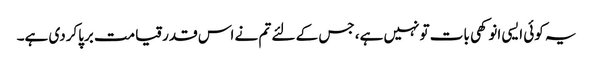
یہ کوئی ایسی انوکھی بات تونہیں ہے، جس کے لئے تم نے اس قدرقیامت برپاکردی ہے۔